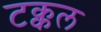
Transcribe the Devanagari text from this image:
टक्कल